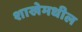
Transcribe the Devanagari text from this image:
शाखेमधील